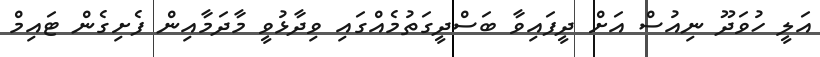
އަލީ ހުވަދޫ ނިއުސް އަށް ދީފައިވާ ބަސްދީގަތުމެއްގައި ވިދާޅުވީ މާދަމާއިން ފެށިގެން ޓައިމް